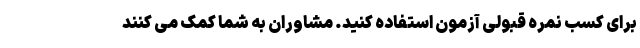
برای کسب نمره قبولی آزمون استفاده کنید. مشاوران به شما کمک می کنند